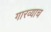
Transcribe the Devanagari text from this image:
गारव्याच